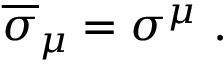
{ \overline { { \sigma } } } _ { \mu } = \sigma ^ { \mu } ~ .